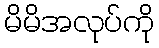
မိမိအလုပ်ကို